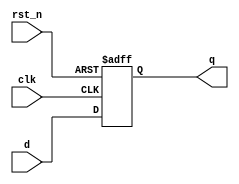
module register (
    input wire clk,           // Clock input
    input wire rst_n,        // Active low reset
    input wire [3:0] d,      // 4-bit data input
    output reg [3:0] q       // 4-bit data output
);

// Always block sensitive to the rising edge of the clock or the active low reset
always @(posedge clk or negedge rst_n) begin
    if (!rst_n) begin
        // On reset, set the output to 0
        q <= 4'b0000;
    end else begin
        // On clock edge, update the output with the input data
        q <= d;
    end
end

endmodule